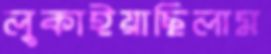
লুকাইয়াছিলাম